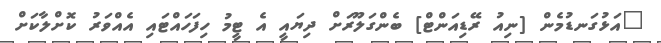
"އަޅުގަނޑުމެން [ނިއު ރޭޑިއަންޓް] ބެންގަލޫރަށް ދިޔައީ އެ ޓީމު ހިފަހައްޓައި އެއްވަރު ކޮށްލާކަށް